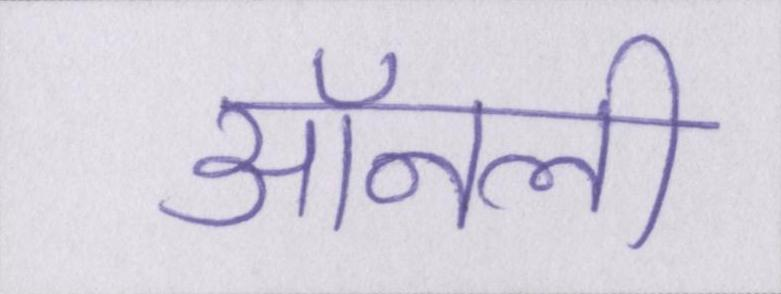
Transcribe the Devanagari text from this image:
ऑनली